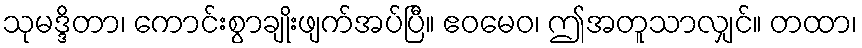
သုမဒ္ဒိတာ၊ ကောင်းစွာချိုးဖျက်အပ်ပြီ။ ဧဝမေဝ၊ ဤအတူသာလျှင်။ တထာ၊